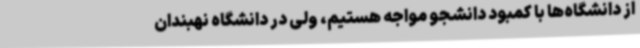
از دانشگاه‌ها با کمبود دانشجو مواجه هستیم، ولی در دانشگاه نهبندان